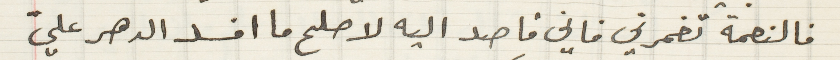
فالنعمة تغمرني فاني قاصد اليه لاصلح ما افسد الدهر عليّ